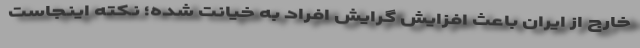
خارج از ایران باعث افزایش گرایش افراد به خیانت شده؛ نکته اینجاست